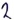
Text: 2